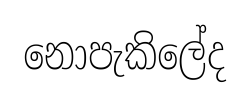
නොපැකිලේද